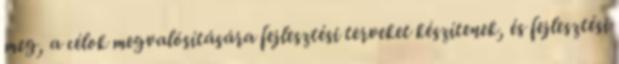
meg, a célok megvalósítására fejlesztési terveket készítenek, és fejlesztési